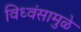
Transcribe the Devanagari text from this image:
विध्वंसामुळे